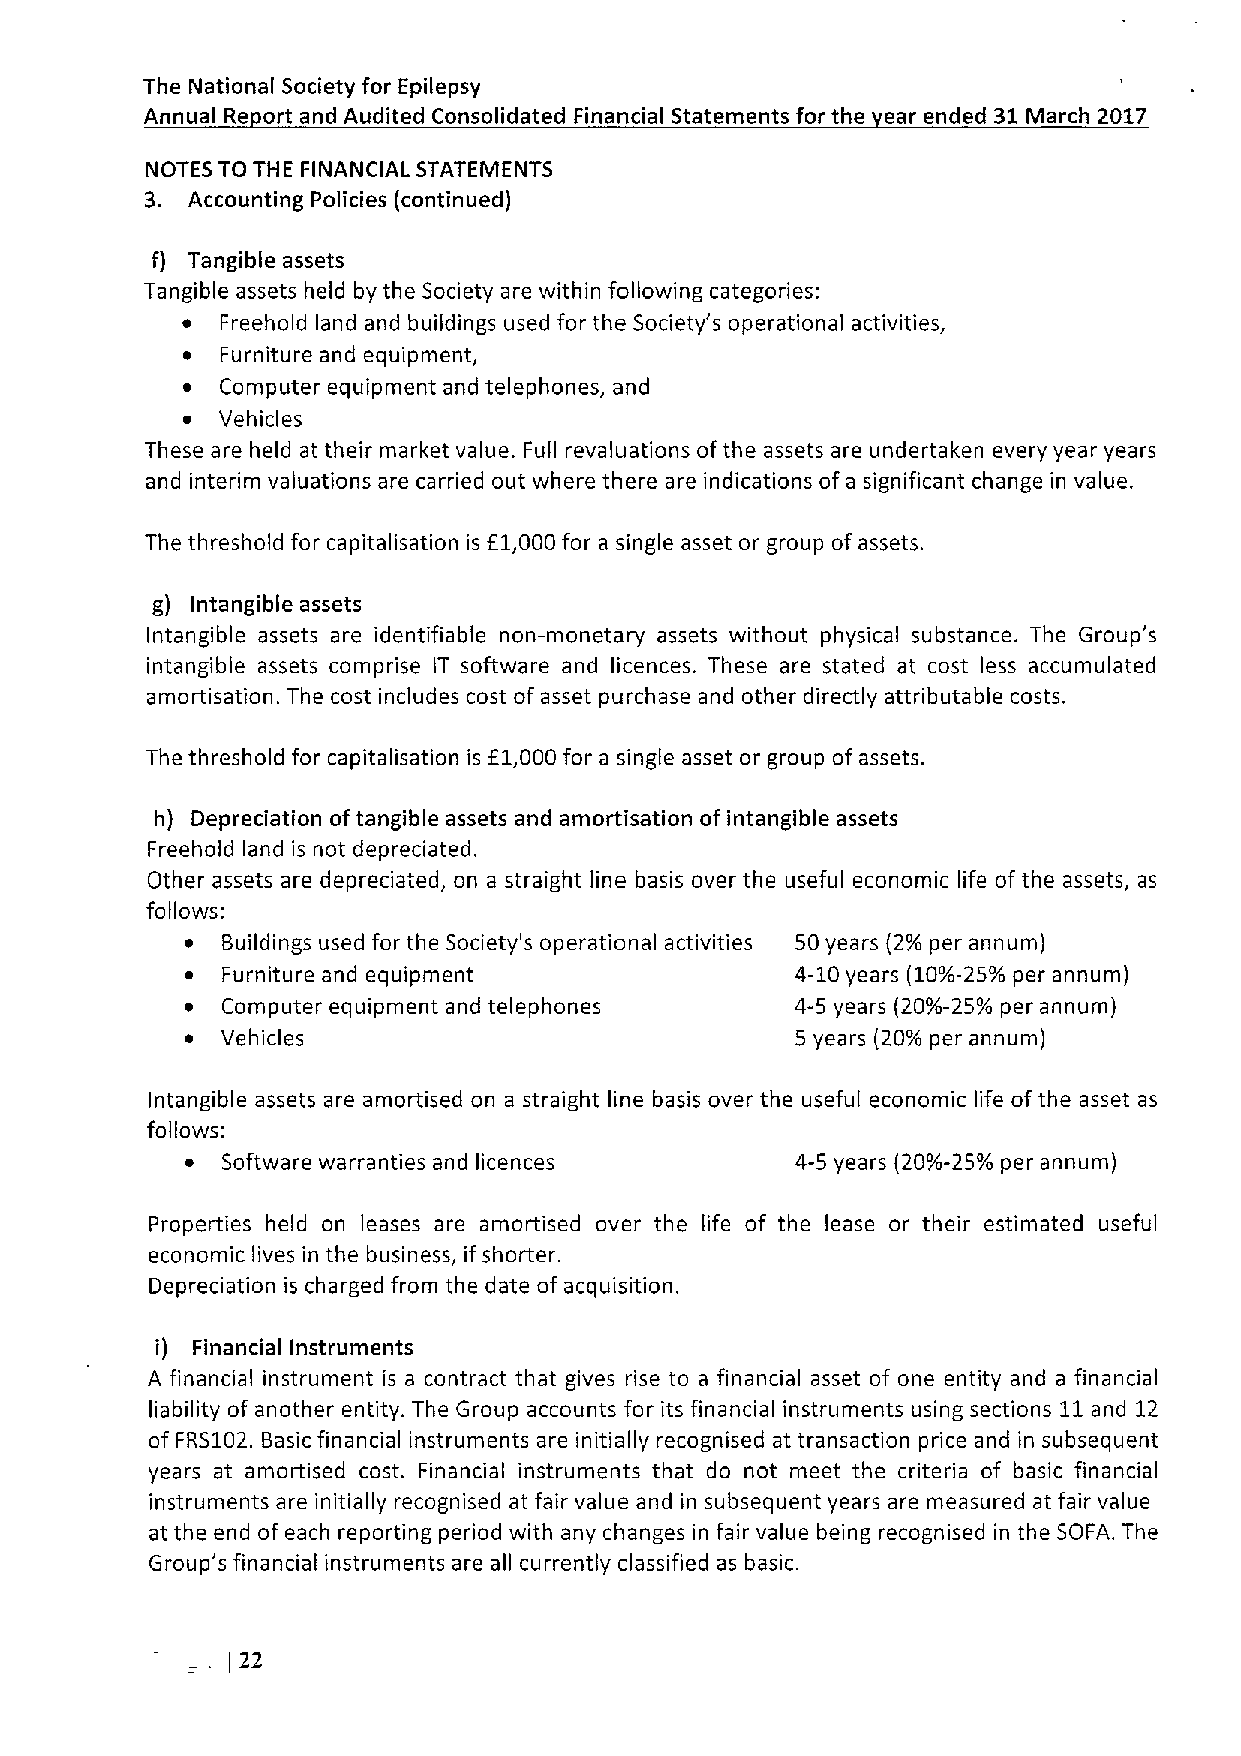
The National Society for Epilepsy
 Annual Re ort and Audited Consolidated Financial Statements for the ear ended 31March 2017
 NOTES TO THE FINANCIAL STATEMENTS
 3. Accounting Policies (continued)
 f) Tangible assets
 Tangible assets held by the Society are within following categories:
 ~  Freehold land and buildings used for the Society's operational activities,
 ~  Furniture and equipment,
 ~  Computer equipment and telephones, and
 ~ Vehicles
 These are held at their market value. Full revaluations ofthe assets are undertaken every year years
 and interim valuations are carried out where there are indications of a significant change in value.
 The threshold for capitalisation is f1,000for a single asset or group of assets.
 g) Intangible assets
 Intangible assets are identifiable non-monetary assets without physical substance. The Group's
 intangible assets comprise IT software and licences. These are stated at cost less accumulated
 amortisation. The cost includes cost of asset purchase and other directly attributable costs.
 The threshold for capitalisation is E1,000for a single asset or group of assets.
 h) Depreciation oftangible assets and amortisation of intangible assets
 Freehold land is not depreciated.
 Other assets are depreciated, on a straight line basis over the useful economic life of the assets, as
 follows:
 ~  Buildings used for the Society's operational activities 50years (29o per annum)
 ~  Furniture and equipment               4-10years (10/o-25/o per annum)
 ~  Computer equipment and telephones     4-5 years (20/o-25/a per annum)
 ~  Vehicles                              5 years (20/o per annum)
 Intangible assets are amortised on a straight line basis over the useful economic life ofthe asset as
 follows:
 ~  Software warranties and licences      4-5 years (20/o-25/o per annum)
 Properties held on leases are amortised over the life of the lease or their estimated useful
 economic lives in the business, if shorter.
 Depreciation is charged from the date of acquisition.
 i) Financial Instruments
 A financial instrument is a contract that gives rise to a financial asset of one entity and a financial
 liability of another entity. The Group accounts for its financial instruments using sections 11and 12
 of FRS102.Basic financial instruments are initially recognised at transaction price and in subsequent
 years at amortised cost. Financial instruments that do not meet the criteria of basic financial
 instruments are initially recognised at fair value and in subsequent years are measured at fair value
 at the end of each reporting period with any changes in fair value being recognised in the SOFA. The
 Group's financial instruments are all currently classified as basic.